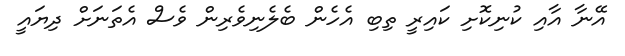
އޭނާ އާއި ކުނިކޮށި ކައިރީ ތިބި އެހެން ބެލެނިވެރިން ވެސް އެތަނަށް ދިޔައީ